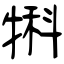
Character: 犐